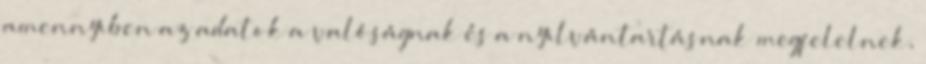
amennyiben az adatok a valóságnak és a nyilvántartásnak megfelelnek,